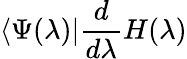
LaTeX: \langle\Psi(\lambda)|\frac{d}{d\lambda}H(\lambda)